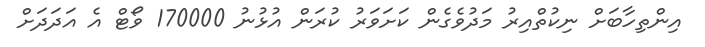
އިންތިހާބަށް ނިކުތްއިރު މަދުވެގެން ކަށަވަރު ކުރަން އުޅުނު 170000 ވޯޓް އެ އަދަދަށް